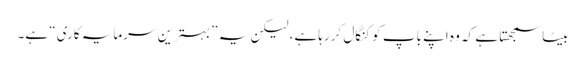
بیٹا سمجھتا ہے کہ وہ اپنے باپ کو کنگال کررہا ہے، لیکن یہ ”بہترین سرمایہ کاری“ ہے۔